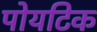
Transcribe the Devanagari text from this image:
पोयटिक